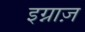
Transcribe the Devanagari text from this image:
इग्नाज़